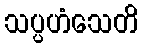
သပ္ပဟံသေတိ